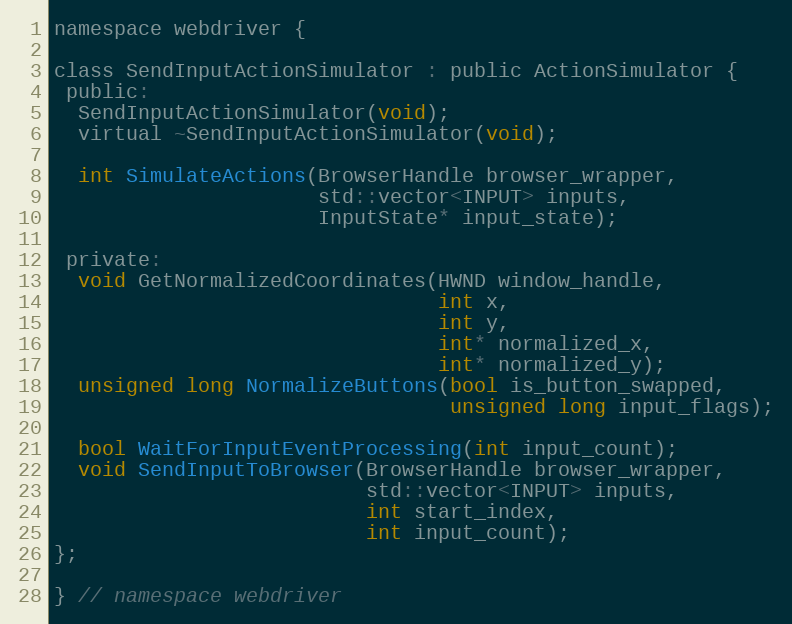
Language: C
namespace webdriver {

class SendInputActionSimulator : public ActionSimulator {
 public:
  SendInputActionSimulator(void);
  virtual ~SendInputActionSimulator(void);

  int SimulateActions(BrowserHandle browser_wrapper,
                      std::vector<INPUT> inputs,
                      InputState* input_state);

 private:
  void GetNormalizedCoordinates(HWND window_handle,
                                int x,
                                int y,
                                int* normalized_x,
                                int* normalized_y);
  unsigned long NormalizeButtons(bool is_button_swapped,
                                 unsigned long input_flags);

  bool WaitForInputEventProcessing(int input_count);
  void SendInputToBrowser(BrowserHandle browser_wrapper,
                          std::vector<INPUT> inputs,
                          int start_index,
                          int input_count);
};

} // namespace webdriver